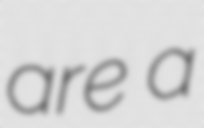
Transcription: are a